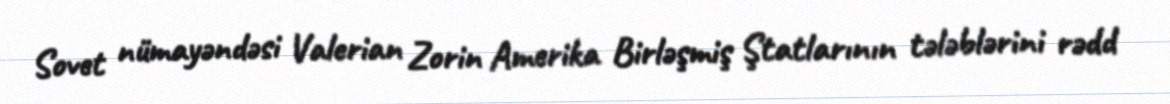
Sovet nümayəndəsi Valerian Zorin Amerika Birləşmiş Ştatlarının tələblərini rədd